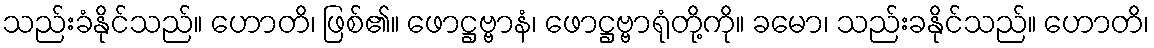
သည်းခံနိုင်သည်။ ဟောတိ၊ ဖြစ်၏။ ဖောဋ္ဌဗ္ဗာနံ၊ ဖောဋ္ဌဗ္ဗာရုံတို့ကို။ ခမော၊ သည်းခနိုင်သည်။ ဟောတိ၊